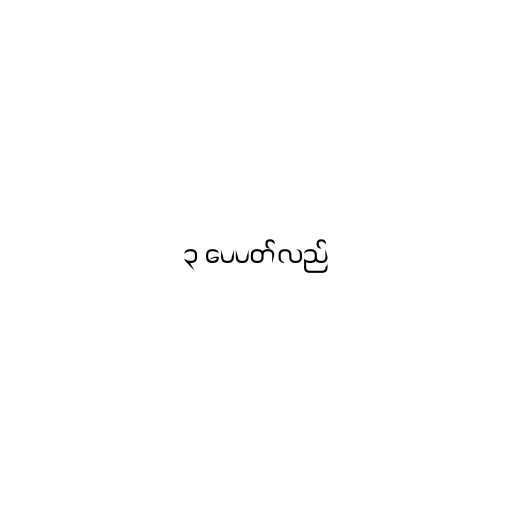
၃ ပေပတ်လည်